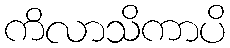
ကိလာသိကာပိ